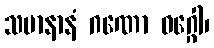
သမာနာနံ ဂဏော ဝဂ္ဂေါ၊